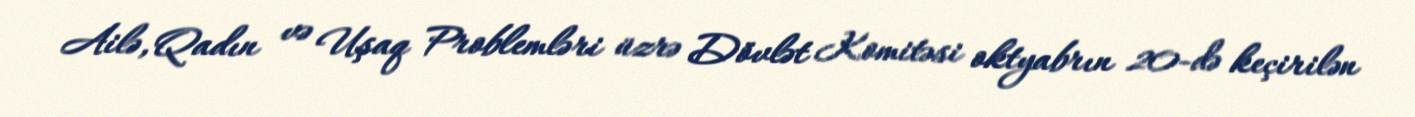
Ailə, Qadın və Uşaq Problemləri üzrə Dövlət Komitəsi oktyabrın 20-də keçirilən